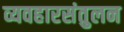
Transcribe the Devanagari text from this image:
व्यवहारसंतुलन